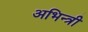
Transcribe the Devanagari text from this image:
अभिन्त्री